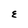
Character: E